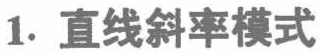
1. 直线斜率模式